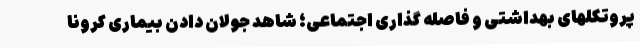
پروتکلهای بهداشتی و فاصله گذاری اجتماعی؛ شاهد جولان دادن بیماری کرونا